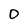
Character: 0